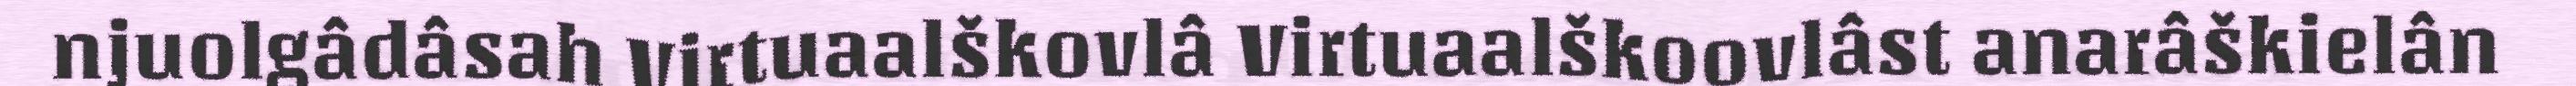
njuolgâdâsah Virtuaalškovlâ Virtuaalškoovlâst anarâškielân